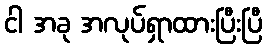
ငါ အခု အလုပ်ရှာထားပြီးပြီ